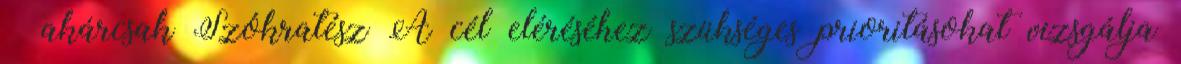
– akárcsak Szókratész A cél eléréséhez szükséges prioritásokat vizsgálja